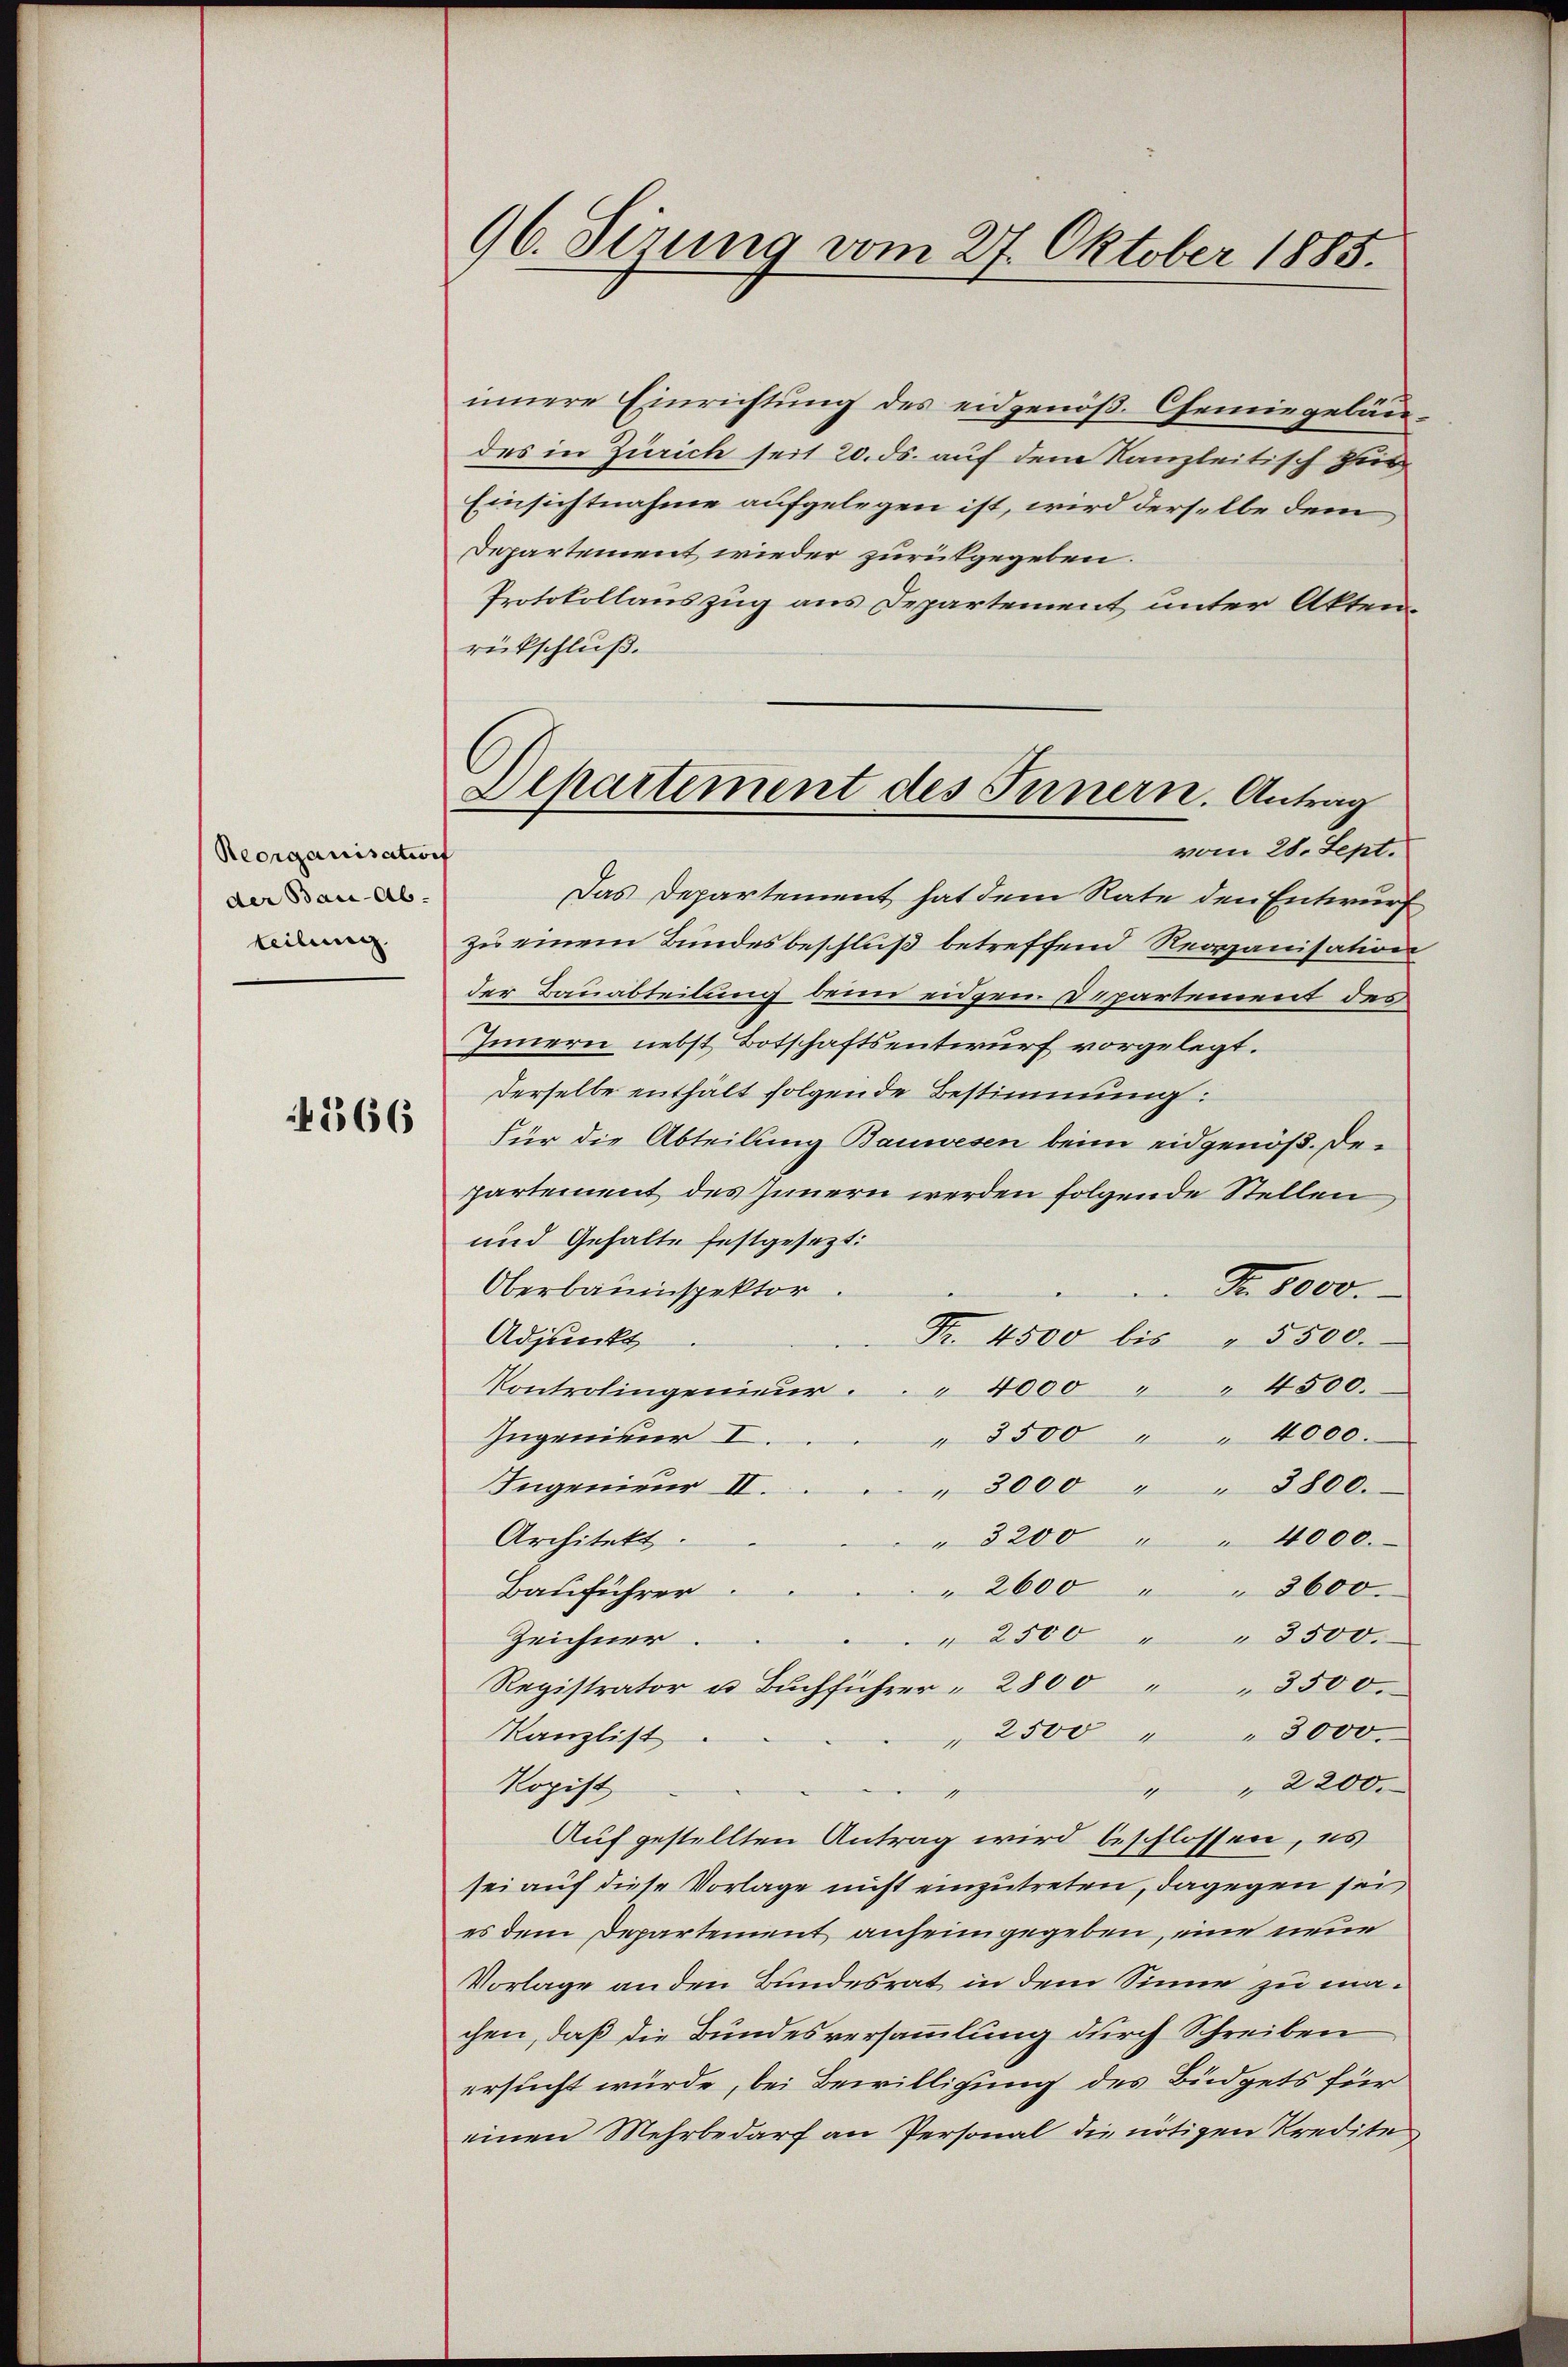
Reorganisation
der Bau-Ab-
teilung.

266

96. Sirung vom 27. Oktober 1885.

innere Einrichtung des eidgenöß. Chemingelandes in Zürich seit 20. ds. auf dem Kanzleitisch zur
Einsichtnahme aufgelegen ist, wird derselbe dem
Departement wieder zurückgegeben.
Protokollauszug aus Departement unter Akten.
rückschluß.
Das Departement hat dem Rate den Entwurf
zu einem Bundesbeschluß betreffend Reorganisation
der Bauabteilung bei eidgen Departement des
Innern nebst Botschaftsentwurf vorgelegt.
Derselbe enthält folgende Bestimmung:
Für die Abteilung Bauwesen beim eidgenöß. Departement des Innern werden folgende Stellen
und Gehalte festgesezt:
Fr. 8000.
Oberbauinspektor.
Adjunkt
Fr. 4500 bis " 5500.
Kontrolingenieŭr . . . 4000 " " 4500.
" 3500 " " 4000.
Zugenieur I
Ingenieur II.
" 3000 " " 3800.
Architekt.
" 3200 " " 4000.
" 2600 " " 3600.
Bauführer.
" 2500 " " 8500.
Zeichner
Registrator u Bŭchführer 2800 3500.
" 2500 " " 3000
Kanzlist
kopist
" " 2200.
Aufgestellten Antrag wird beschlossen, es
sei auf diese Vorlage nicht einzutreten, dagegen sei
es dem Departement anheimgegeben, eine neue
Vorlage an den Bundesrat in dem Sinne zu machen, daß die Bundesversammlung durch Schreiben
ersucht würde, bei Bewilligung des Büdgets für
einen Mehrbedarf an Personal die nötigen Kredite

Departement des Innern. Antrag
vom 28. Sept.